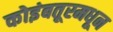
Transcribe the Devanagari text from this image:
कोइंबतूरमधून